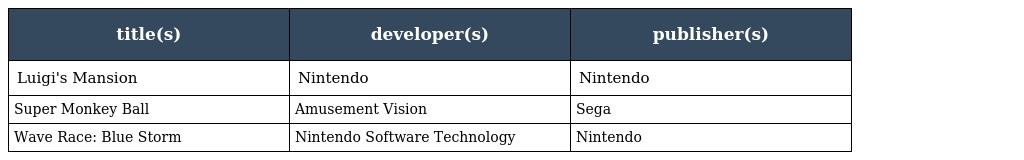
| title(s) | developer(s) | publisher(s) |
 | --- | --- | --- |
 | Luigi's Mansion | Nintendo | Nintendo |
 | Super Monkey Ball | Amusement Vision | Sega |
 | Wave Race: Blue Storm | Nintendo Software Technology | Nintendo |